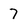
Character: 7